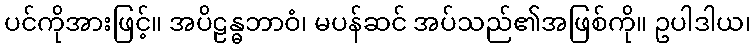
ပင်ကိုအားဖြင့်။ အပိဠန္ဓဘာဝံ၊ မပန်ဆင် အပ်သည်၏အဖြစ်ကို။ ဥပါဒါယ၊